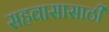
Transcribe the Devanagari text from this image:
सहवासासाठी